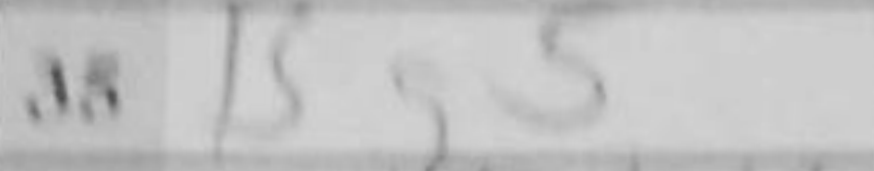
Transcription: Bg5